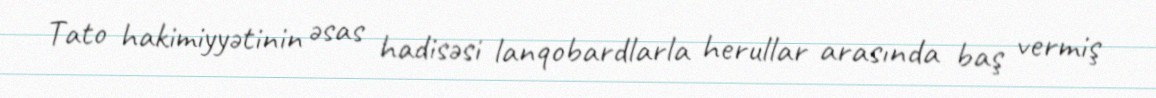
Tato hakimiyyətinin əsas hadisəsi lanqobardlarla herullar arasında baş vermiş